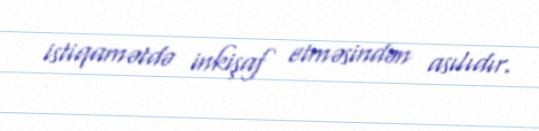
istiqamətdə inkişaf etməsindən asılıdır.